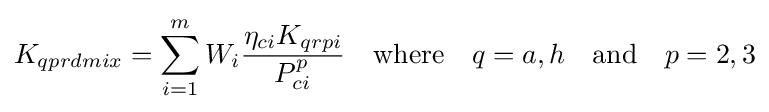
K_{qprdmix}=\sum _{i=1}^{m}W_{i}{\frac {\eta _{ci}K_{qrpi}}{P_{ci}^{p}}}\quad {\text{where}}\quad q=a,h\quad {\text{and}}\quad p=2,3